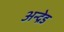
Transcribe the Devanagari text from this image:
अन्द्रेड